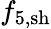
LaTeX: {f}_{5,\mathrm{sh}}